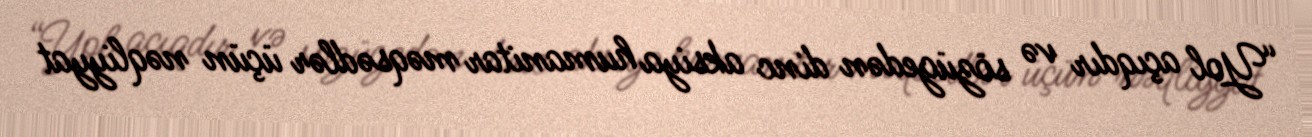
“Yol açıqdır və sözügedən dinc aksiya humanitar məqsədlər üçün nəqliyyat